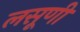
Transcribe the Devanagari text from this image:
लसूणी